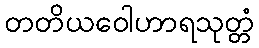
တတိယဝေါဟာရသုတ္တံ